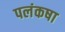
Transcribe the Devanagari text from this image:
पलंकषा